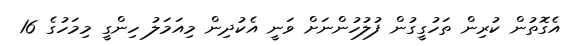
އެގޮތުން ކުރިން ތަހުގީގުން ފުލުހުންނަށް ވަނީ އެކުދިން މިއަމަލު ހިންގީ މިމަހުގެ 16